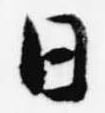
日